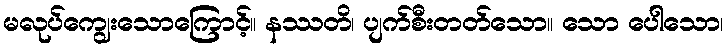
မလုပ်ကျွေးသောကြောင့်။ နဿတိ၊ ပျက်စီးတတ်သော။ သော ပေါသော၊